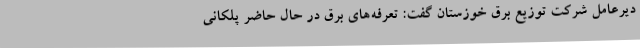
دیرعامل شرکت توزیع برق خوزستان گفت: تعرفه‌های برق در حال حاضر پلکانی